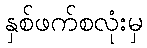
နှစ်ဖက်စလုံးမှ